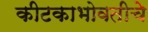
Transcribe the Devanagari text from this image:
कीटकाभोवतीचे